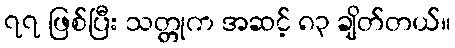
၇၇ ဖြစ်ပြီး သတ္တုက အဆင့် ၈၃ ချိတ်တယ်။